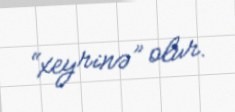
“xeyrinə” olur.